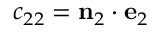
c _ { 2 2 } = \mathbf { n } _ { 2 } \cdot \mathbf { e } _ { 2 }